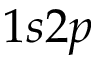
1 s 2 p